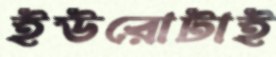
ইউরোটাই